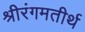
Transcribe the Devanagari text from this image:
श्रीरंगमतीर्थ